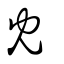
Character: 冘